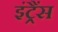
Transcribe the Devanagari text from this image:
इंट्रैंस